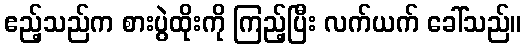
ဧည့်သည်က စားပွဲထိုးကို ကြည့်ပြီး လက်ယက် ခေါ်သည်။